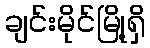
ချင်းမိုင်မြို့ရှိ